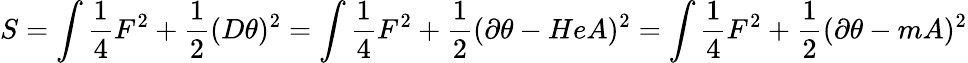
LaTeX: S=\int{\frac{1}{4}}F^{2}+{\frac{1}{2}}(D\theta)^{2}=\int{\frac{1}{4}}F^{2}+{\frac{1}{2}}(\partial\theta-HeA)^{2}=\int{\frac{1}{4}}F^{2}+{\frac{1}{2}}(\partial\theta-mA)^{2}